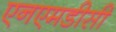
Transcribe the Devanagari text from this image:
एनएमडीसी